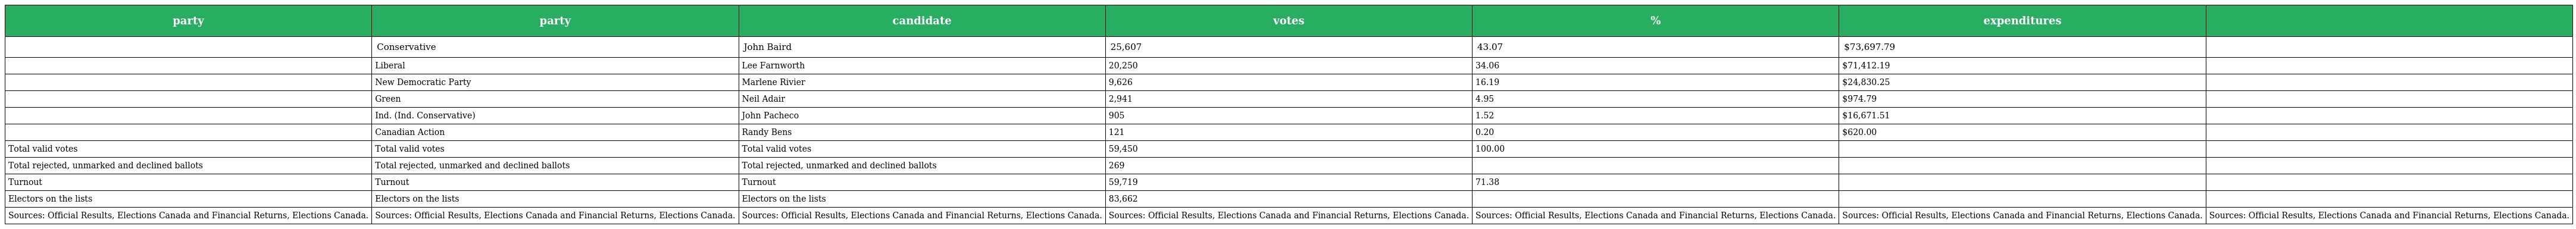
| party | party | candidate | votes | % | expenditures |  |
 | --- | --- | --- | --- | --- | --- | --- |
 |  | Conservative | John Baird | 25,607 | 43.07 | $73,697.79 |  |
 |  | Liberal | Lee Farnworth | 20,250 | 34.06 | $71,412.19 |  |
 |  | New Democratic Party | Marlene Rivier | 9,626 | 16.19 | $24,830.25 |  |
 |  | Green | Neil Adair | 2,941 | 4.95 | $974.79 |  |
 |  | Ind. (Ind. Conservative) | John Pacheco | 905 | 1.52 | $16,671.51 |  |
 |  | Canadian Action | Randy Bens | 121 | 0.20 | $620.00 |  |
 | Total valid votes | Total valid votes | Total valid votes | 59,450 | 100.00 |  |  |
 | Total rejected, unmarked and declined ballots | Total rejected, unmarked and declined ballots | Total rejected, unmarked and declined ballots | 269 |  |  |  |
 | Turnout | Turnout | Turnout | 59,719 | 71.38 |  |  |
 | Electors on the lists | Electors on the lists | Electors on the lists | 83,662 |  |  |  |
 | Sources: Official Results, Elections Canada and Financial Returns, Elections Canada. | Sources: Official Results, Elections Canada and Financial Returns, Elections Canada. | Sources: Official Results, Elections Canada and Financial Returns, Elections Canada. | Sources: Official Results, Elections Canada and Financial Returns, Elections Canada. | Sources: Official Results, Elections Canada and Financial Returns, Elections Canada. | Sources: Official Results, Elections Canada and Financial Returns, Elections Canada. | Sources: Official Results, Elections Canada and Financial Returns, Elections Canada. |